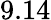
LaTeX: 9.14